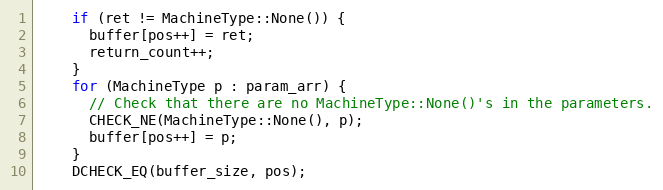
Language: C
    if (ret != MachineType::None()) {
      buffer[pos++] = ret;
      return_count++;
    }
    for (MachineType p : param_arr) {
      // Check that there are no MachineType::None()'s in the parameters.
      CHECK_NE(MachineType::None(), p);
      buffer[pos++] = p;
    }
    DCHECK_EQ(buffer_size, pos);